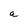
Character: a